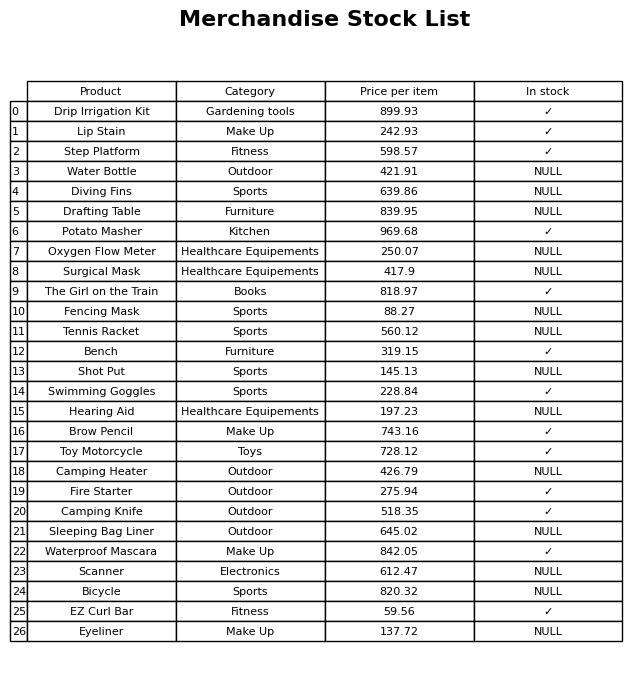
question: Is the Bicycle in stock?
answer: NULL